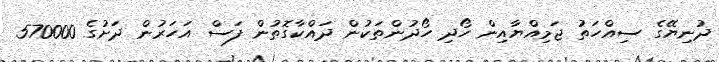
ދުނިޔޭގެ ސިއްހަތު ޖަމިއްޔާއިން ހޯދި ހޯދުންތަކުން ދައްކާގޮތުން ފަސް އަހަރުން ދަށުގެ 570000